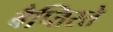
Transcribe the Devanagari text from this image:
बैप्तिस्ते